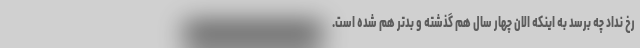
رخ نداد چه برسد به اینکه الان چهار سال هم گذشته و بدتر هم شده است.